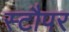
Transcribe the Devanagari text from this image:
स्टौपर